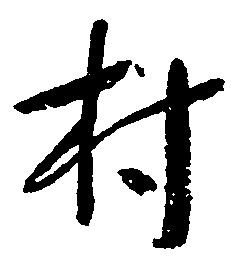
村